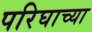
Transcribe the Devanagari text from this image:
परिघाच्या